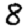
Digit: 8